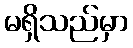
မရှိသည်မှာ